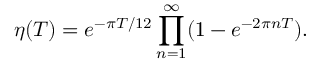
\eta ( T ) = e ^ { - \pi T / 1 2 } \prod _ { n = 1 } ^ { \infty } ( 1 - e ^ { - 2 \pi n T } ) .